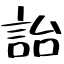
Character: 詒